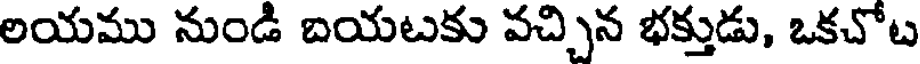
లయము నుండి బయటకు వచ్చిన భక్తుడు, ఒకచోట